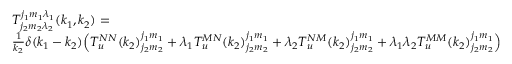
\begin{array} { r l } & { T _ { j _ { 2 } m _ { 2 } \lambda _ { 2 } } ^ { j _ { 1 } m _ { 1 } \lambda _ { 1 } } ( k _ { 1 } , k _ { 2 } ) = } \\ & { \frac { 1 } { k _ { 2 } } \delta ( k _ { 1 } - k _ { 2 } ) \Big ( T _ { u } ^ { N N } ( k _ { 2 } ) _ { j _ { 2 } m _ { 2 } } ^ { j _ { 1 } m _ { 1 } } + \lambda _ { 1 } T _ { u } ^ { M N } ( k _ { 2 } ) _ { j _ { 2 } m _ { 2 } } ^ { j _ { 1 } m _ { 1 } } + \lambda _ { 2 } T _ { u } ^ { N M } ( k _ { 2 } ) _ { j _ { 2 } m _ { 2 } } ^ { j _ { 1 } m _ { 1 } } + \lambda _ { 1 } \lambda _ { 2 } T _ { u } ^ { M M } ( k _ { 2 } ) _ { j _ { 2 } m _ { 2 } } ^ { j _ { 1 } m _ { 1 } } \Big ) } \end{array}